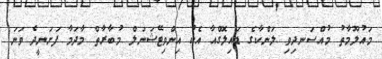
މައުލޫމާތު މުއްސަނދިވި ލަންކާގެ ޑައިލޮގްއާ އެކު އިންވިޓޭޝަނަލް މުބާރާތް މާދަމާ ފަށަނީދެ ވަނަ